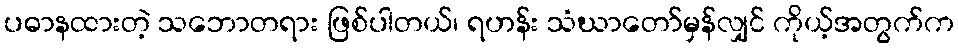
ပဓာနထားတဲ့ သဘောတရား ဖြစ်ပါတယ်၊ ရဟန်း သံဃာတော်မှန်လျှင် ကိုယ့်အတွက်က